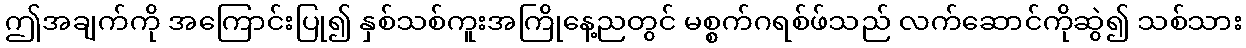
ဤအချက်ကို အကြောင်းပြု၍ နှစ်သစ်ကူးအကြိုနေ့ညတွင် မစ္စက်ဂရစ်ဖ်သည် လက်ဆောင်ကိုဆွဲ၍ သစ်သား